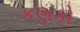
કણકો